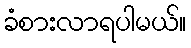
ခံစားလာရပါမယ်။